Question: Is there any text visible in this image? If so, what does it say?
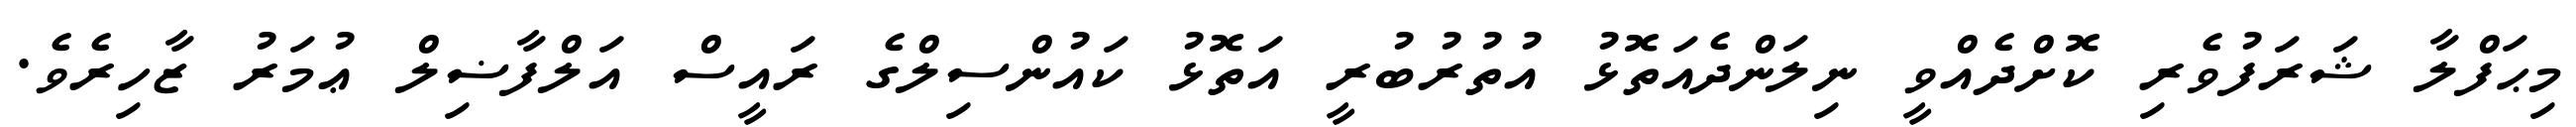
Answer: މިޙަފްލާ ޝަރަފުވެރި ކޮށްދެއްވީ ނިލަންދެއަތޮޅު އުތުރުބުރީ އަތޮޅު ކައުންސިލްގެ ރައީސް އަލްފާޟިލް ޢުމަރު ޒާހިރެވެ.